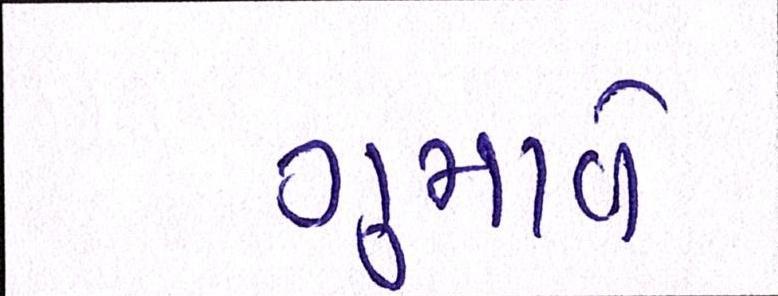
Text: ગુમાવે